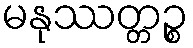
မနုဿတ္တဉ္စ